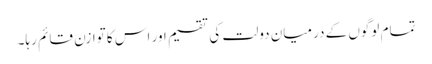
تمام لوگوں کے درمیان دولت کی تقسیم اور اس کا توازن قائم رہا۔